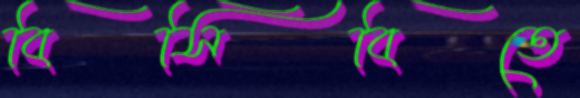
বিসিবিতে